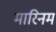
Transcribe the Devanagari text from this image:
मारिनम